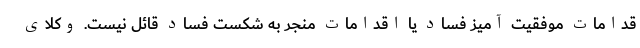
قدامات موفقیت آمیز فساد یا اقدامات منجر به شکست فساد قائل نیست. وکلای